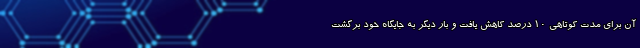
آن برای مدت کوتاهی ۱۰ درصد کاهش یافت و بار دیگر به جایگاه خود برگشت